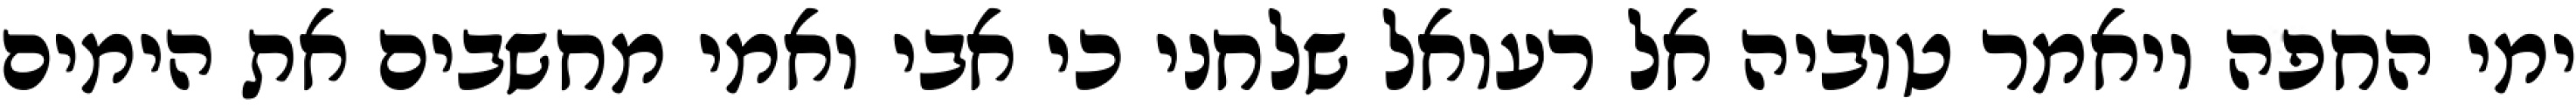
ימי החפה ויאמר טוביה אל רעואל שלחני כי אבי ואמי מחשבים את הימים